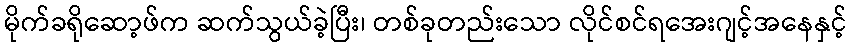
မိုက်ခရိုဆော့ဖ်က ဆက်သွယ်ခဲ့ပြီး၊ တစ်ခုတည်းသော လိုင်စင်ရအေးဂျင့်အနေနှင့်